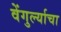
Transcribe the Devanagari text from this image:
वेंगुर्ल्याचा